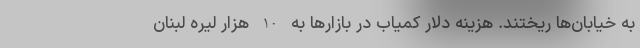
به خیابان‌ها ریختند. هزینه دلار کمیاب در بازارها به 10 هزار لیره لبنان